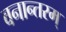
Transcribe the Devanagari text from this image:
वनान्तरम्